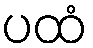
ပထံ